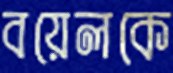
বয়েলকে